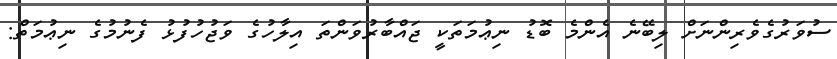
ސުވަރުގެވެރިންނަށް ލިބޭނެ އެންމެ ބޮޑު ނިޢުމަތަކީ ޖައްބާރުވަންތަ އިލާހުގެ ވަޖުހުފުޅު ފެނުމުގެ ނިޢުމަތް: